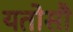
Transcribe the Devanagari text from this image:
यतोसौ